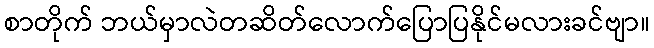
စာတိုက် ဘယ်မှာလဲတဆိတ်လောက်ပြောပြနိုင်မလားခင်ဗျာ။